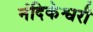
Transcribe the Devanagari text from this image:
नंदिकेश्वरी